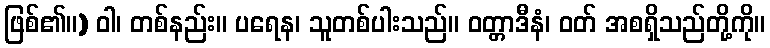
ဖြစ်၏။) ဝါ၊ တစ်နည်း။ ပရေန၊ သူတစ်ပါးသည်။ ဝတ္တာဒီနံ၊ ဝတ် အစရှိသည်တို့ကို။